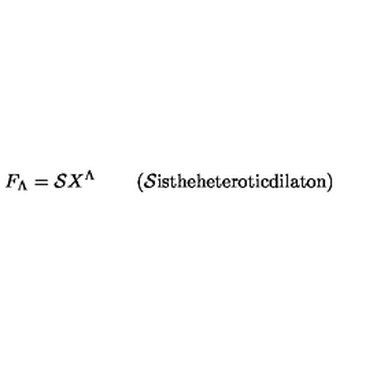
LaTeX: F _ { \Lambda } = { \cal S } X ^ { \Lambda } \quad \quad \left( \mathrm { { \cal S } i s t h e h e t e r o t i c d i l a t o n } \right)